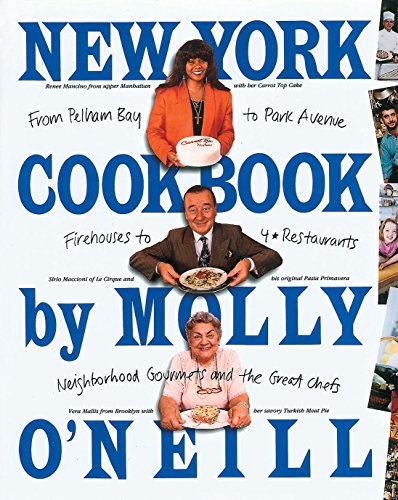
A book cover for New York Cookbook: From Pelham Bay to Park Avenue, Firehouses to Four-Star Restaurants; Molly O'Neill; Cookbooks, Food & Wine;